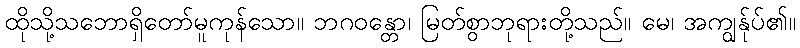
ထိုသို့သဘောရှိတော်မူကုန်သော။ ဘဂဝန္တော၊ မြတ်စွာဘုရားတို့သည်။ မေ၊ အကျွန်ုပ်၏။